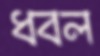
ধবল